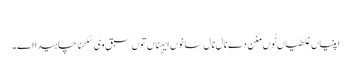
‏
اپنیاں غلطیاں نُوں منن دے نال نال سانوں ایہناں توں سبق وی سکھنا چاہیدا اے۔